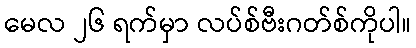
မေလ ၂၆ ရက်မှာ လပ်စ်ဗီးဂတ်စ်ကိုပါ။